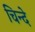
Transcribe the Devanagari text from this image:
चिन्दे